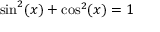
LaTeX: \sin ^ { 2 } ( x ) + \cos ^ { 2 } ( x ) = 1